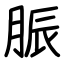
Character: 脤